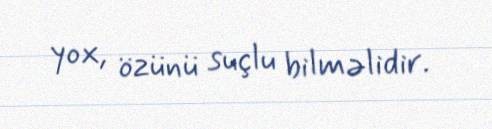
yox, özünü suçlu bilməlidir.